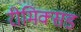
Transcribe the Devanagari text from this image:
रीमिक्सड